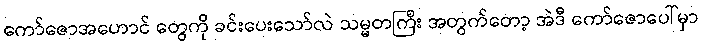
ကော်ဇောအဟောင် တွေကို ခင်းပေးသော်လဲ သမ္မတကြီး အတွက်တော့ အဲဒီ ကော်ဇောပေါ်မှာ